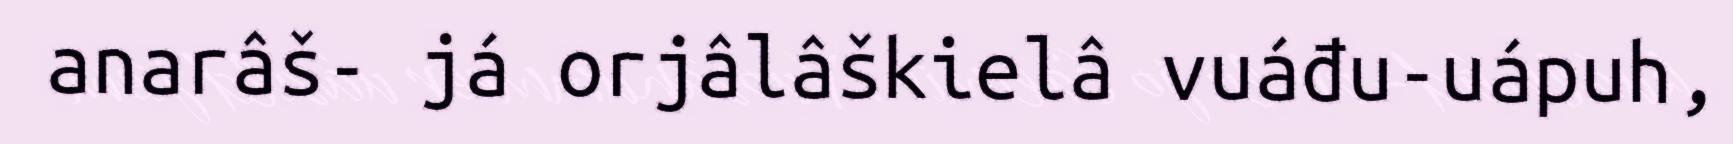
anarâš- já orjâlâškielâ vuáđu-uápuh,